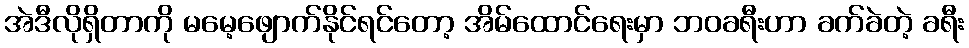
အဲဒီလိုရှိတာကို မမေ့ဖျောက်နိုင်ရင်တော့ အိမ်ထောင်ရေးမှာ ဘဝခရီးဟာ ခက်ခဲတဲ့ ခရီး